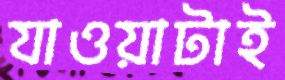
যাওয়াটাই